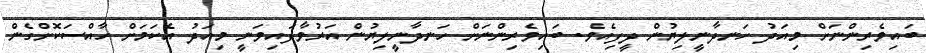
ބައިވެރިންނަށް މިއަދު ހަނދާނީލިޔުން ދީފިއެވެ. ބައިވެރިންނަށް ހަނދާނީލިޔުން އަރުވާފައިވަނީ މިއަދު އެކަމަށް ހާއްސަކޮށްގެން